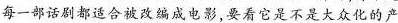
每一部话剧都适合被改编成电影,要看它是不是大众化的产